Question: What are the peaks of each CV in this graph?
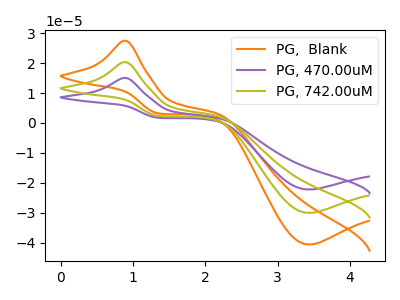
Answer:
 <answer>The orange curve "PG,  Blank" has an anodic peak at (0.90V, 40.65uA) and a cathodic peak at (3.45V, -60.00uA). The purple curve "PG, 470.00uM" has an anodic peak at (0.90V, 15.05uA) and a cathodic peak at (3.45V, -22.20uA). The olive curve "PG, 742.00uM" has an anodic peak at (0.90V, 20.30uA) and a cathodic peak at (3.45V, -30.00uA).</answer>
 <eval></eval>